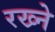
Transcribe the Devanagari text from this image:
रख्ने